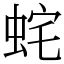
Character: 䖳